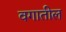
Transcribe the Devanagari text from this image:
वगातील